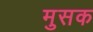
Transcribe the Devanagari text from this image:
मुसक